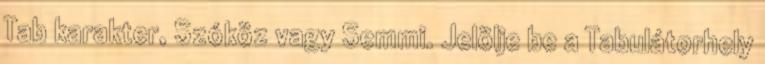
Tab karakter, Szóköz vagy Semmi. Jelölje be a Tabulátorhely